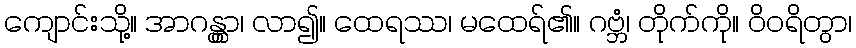
ကျောင်းသို့။ အာဂန္တွာ၊ လာ၍။ ထေရဿ၊ မထေရ်၏။ ဂဗ္ဘံ၊ တိုက်ကို။ ဝိဝရိတွာ၊